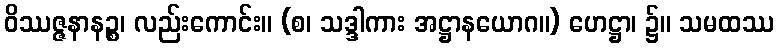
ဝိဿဇ္ဇနာနဉ္စ၊ လည်းကောင်း။ (စ၊ သဒ္ဒါကား အဋ္ဌာနယောဂ။) ဟေဋ္ဌာ၊ ၌။ သမထဿ